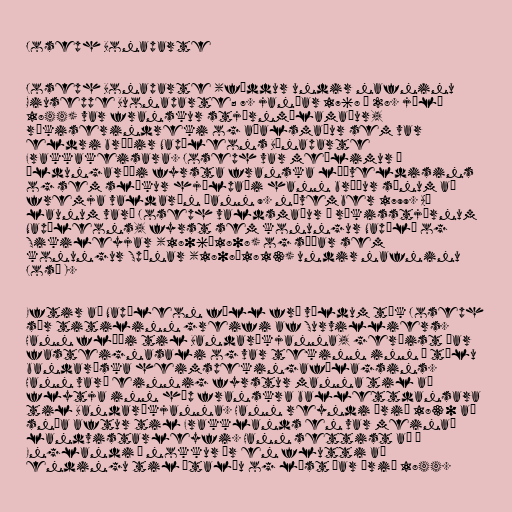
Joseph Bonaparte

Joseph Bonaparte (fæddur undir nafninu
Giuseppe Buonaparte; 7. janúar 1768 – 28. júlí
1844) var franskur stjórnmálamaður,
ríkiserindreki og aðalsmaður sem var
eldri bróðir Napóleons Bónaparte
Frakkakeisara. Joseph var meðlimur í
öldungaráði fyrsta franska lýðveldisins
og sem slíkur hjálpaði hann bróður sínum að
fremja valdarán þann 9. nóvember 1799. Að
launum varð Joseph valdsmaður í ríkisstjórnum
Napóleons, fyrst sem konungur Napólí og
Sikileyjar (1806–1808) og síðar sem
konungur Spánar (1808–1813) undir nafninu
José I.

Eftir að Napóleon féll frá völdum tók Joseph
sér titilinn greifi af Survilliers.
Hann flúði til Bandaríkjanna, gerðist þar
fasteignasali og var tekinn inn í tölu
bandaríska heimspekingafélagsins.
Hann varð einnig fyrstur manna til að
flytja inn hóp franskra ballettdansara
til Bandaríkjanna. Hann reyndi árið 1830 að
snúa aftur til Frakklands en var meinað
landvistarleyfi. Hann settist að í
Englandi í nokkur ár en flutti að
endingu til Ítalíu og lést þar árið 1844.